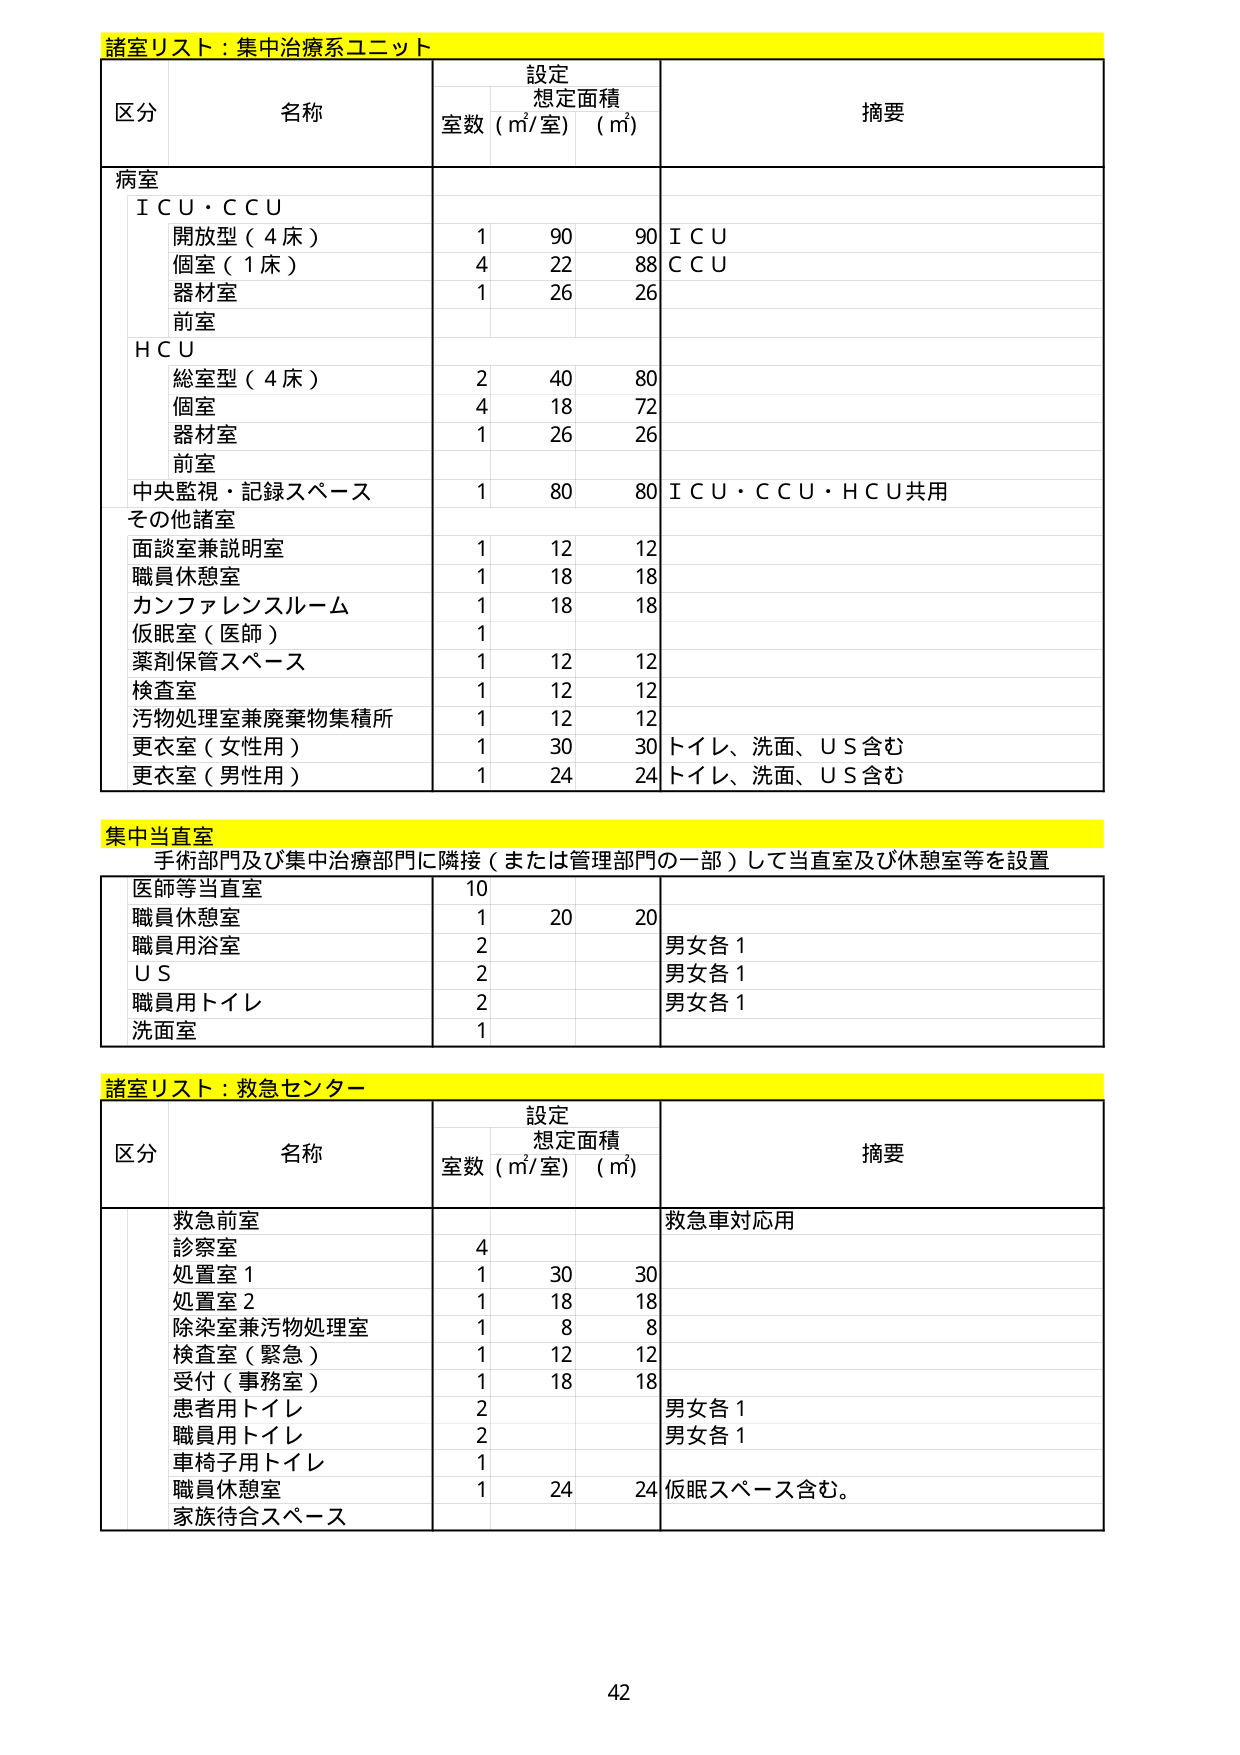
諸室リスト：集中治療系ユニット

区分 名称 設定 想定面積 摘要
室数（㎡/室）（㎡）

病室
ＩＣＵ・ＣＣＵ
　開放型（４床） 1 90 90 ＩＣＵ
　個室（１床） 4 22 88 ＣＣＵ
　器材室 1 26 26
　前室

ＨＣＵ
　総室型（４床） 2 40 80
　個室 4 18 72
　器材室 1 26 26
　前室

中央監視・記録スペース 1 80 80 ＩＣＵ・ＣＣＵ・ＨＣＵ共用

その他諸室
　面談室兼説明室 1 12 12
　職員休憩室 1 18 18
　カンファレンスルーム 1 18 18
　仮眠室（医師） 1
　薬剤保管スペース 1 12 12
　検査室 1 12 12
　汚物処理室兼廃棄物集積所 1 12 12
　更衣室（女性用） 1 30 30 トイレ、洗面、ＵＳ含む
　更衣室（男性用） 1 24 24 トイレ、洗面、ＵＳ含む

集中当直室
手術部門及び集中治療部門に隣接（または管理部門の一部）して当直室及び休憩室等を設置

医師等当直室 10
職員休憩室 1 20 20
職員用浴室 2 男女各１
ＵＳ 2 男女各１
職員用トイレ 2 男女各１
洗面室 1

諸室リスト：救急センター

区分 名称 設定 想定面積 摘要
室数（㎡/室）（㎡）

救急前室 救急車対応用
診察室 4
処置室１ 1 30 30
処置室２ 1 18 18
除染室兼汚物処理室 1 8 8
検査室（緊急） 1 12 12
受付（事務室） 1 18 18
患者用トイレ 2 男女各１
職員用トイレ 2 男女各１
車椅子用トイレ 1
職員休憩室 1 24 24 仮眠スペース含む。
家族待合スペース

42